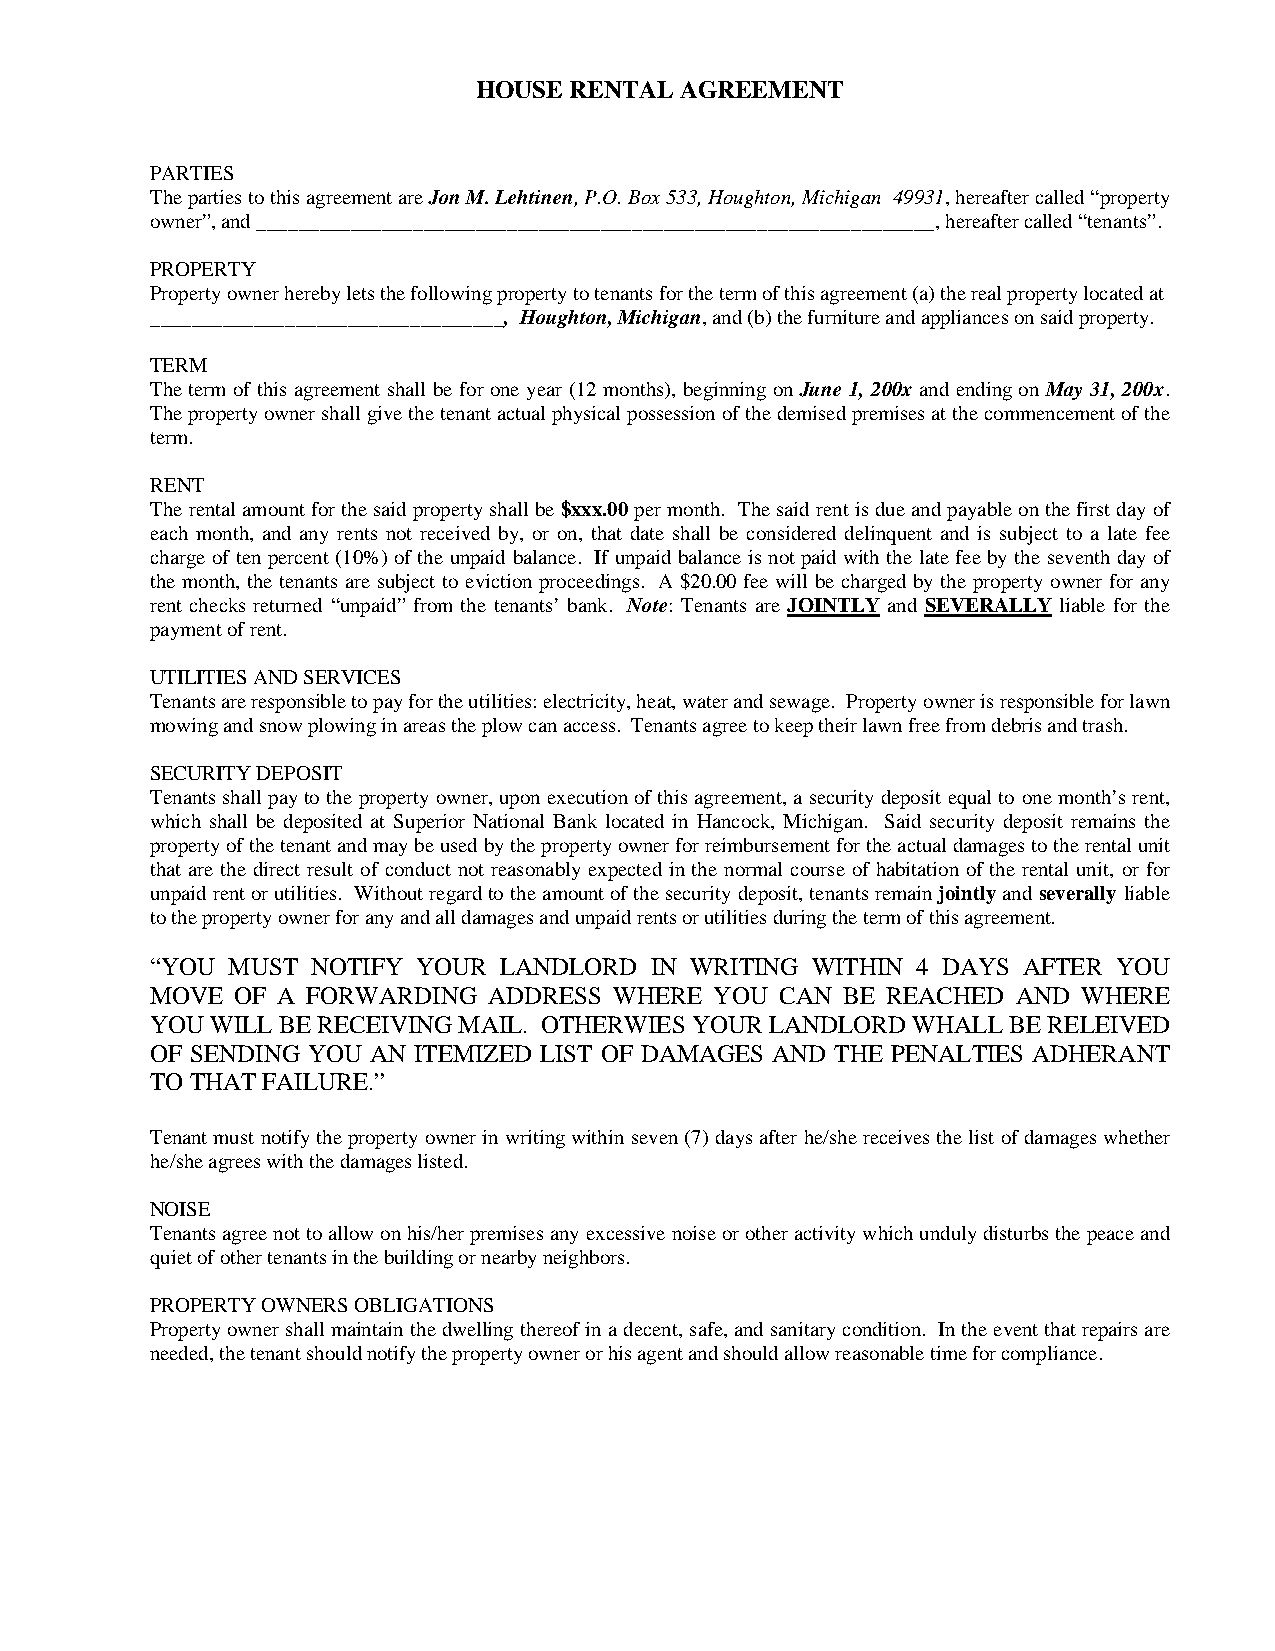
HOUSE RENTAL AGREEMENT
 PARTIES
 The parties to this agreement are Jon M. Lehtinen, P.O. Box 533, Houghton, Michigan 49931, hereafter called “property
 owner”, and _________________________________________________________________, hereafter called “tenants”.
 PROPERTY
 Property owner hereby lets the following property to tenants for the term of this agreement (a) the real property located at
 __________________________________, Houghton, Michigan, and (b) the furniture and appliances on said property.
 TERM
 The term of this agreement shall be for one year (12 months), beginning on June 1, 200x and ending on May 31, 200x.
 The property owner shall give the tenant actual physical possession of the demised premises at the commencement of the
 term.
 RENT
 The rental amount for the said property shall be $xxx.00 per month. The said rent is due and payable on the first day of
 each month, and any rents not received by, or on, that date shall be considered delinquent and is subject to a late fee
 charge of ten percent (10%) of the unpaid balance. If unpaid balance is not paid with the late fee by the seventh day of
 the month, the tenants are subject to eviction proceedings. A $20.00 fee will be charged by the property owner for any
 rent checks returned “unpaid” from the tenants’ bank. Note: Tenants are JOINTLY and SEVERALLY liable for the
 payment of rent.
 UTILITIES AND SERVICES
 Tenants are responsible to pay for the utilities: electricity, heat, water and sewage. Property owner is responsible for lawn
 mowing and snow plowing in areas the plow can access. Tenants agree to keep their lawn free from debris and trash.
 SECURITY DEPOSIT
 Tenants shall pay to the property owner, upon execution of this agreement, a security deposit equal to one month’s rent,
 which shall be deposited at Superior National Bank located in Hancock, Michigan. Said security deposit remains the
 property of the tenant and may be used by the property owner for reimbursement for the actual damages to the rental unit
 that are the direct result of conduct not reasonably expected in the normal course of habitation of the rental unit, or for
 unpaid rent or utilities. Without regard to the amount of the security deposit, tenants remain jointly and severally liable
 to the property owner for any and all damages and unpaid rents or utilities during the term of this agreement.
 “YOU MUST  NOTIFY YOUR LANDLORD  IN WRITING WITHIN 4 DAYS AFTER YOU
 MOVE  OF A FORWARDING ADDRESS  WHERE YOU  CAN BE REACHED AND  WHERE
 YOU WILL BE RECEIVING MAIL. OTHERWIES YOUR LANDLORD WHALL BE RELEIVED
 OF SENDING YOU AN ITEMIZED LIST OF DAMAGES AND THE PENALTIES ADHERANT
 TO THAT FAILURE.”
 Tenant must notify the property owner in writing within seven (7) days after he/she receives the list of damages whether
 he/she agrees with the damages listed.
 NOISE
 Tenants agree not to allow on his/her premises any excessive noise or other activity which unduly disturbs the peace and
 quiet of other tenants in the building or nearby neighbors.
 PROPERTY OWNERS OBLIGATIONS
 Property owner shall maintain the dwelling thereof in a decent, safe, and sanitary condition. In the event that repairs are
 needed, the tenant should notify the property owner or his agent and should allow reasonable time for compliance.